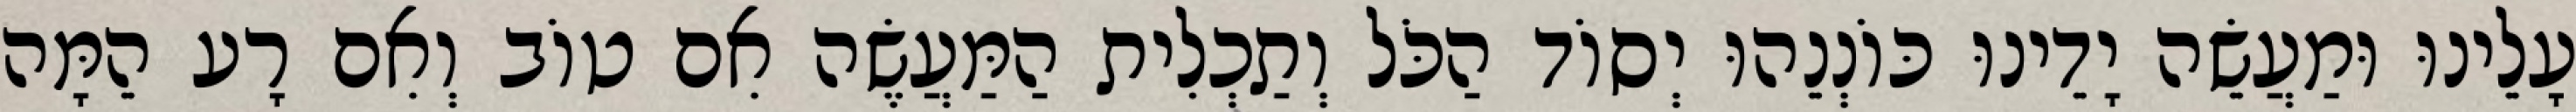
עָלֵינוּ וּמַעֲשֵׂה יָדֵינוּ כּוֹנְנֵהוּ יְסוֹד הַכֹּל וְתַכְלִית הַמַּעֲשֶׂה אִם טוֹב וְאִם רָע הֵמָּה